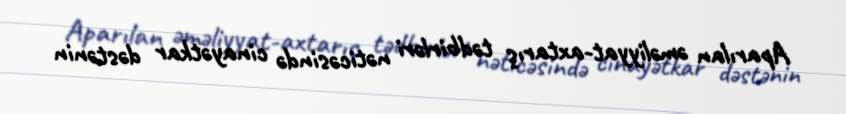
Aparılan əməliyyat-axtarış tədbirləri nəticəsində cinayətkar dəstənin